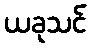
ယခုသင်